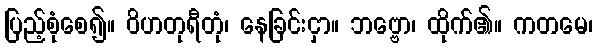
ပြည့်စုံစေ၍။ ဝိဟတုရီတုံ၊ နေခြင်းငှာ။ ဘဗ္ဗော၊ ထိုက်၏။ ကတမေ၊